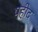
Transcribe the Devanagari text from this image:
षहीद